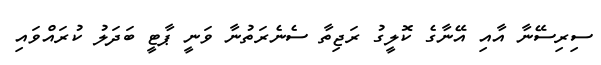
ސިރިސޭނާ އާއި އޭނާގެ ކޮލީގު ރަޖިތާ ސެނެރަތުނާ ވަނީ ޕާޓީ ބަދަލު ކުރައްވައި